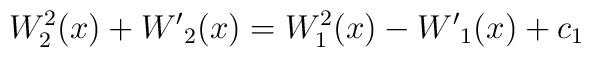
W_2^2 (x) + {W'}_2 (x) = W_1^2 (x) - {W'}_1 (x) + c_1